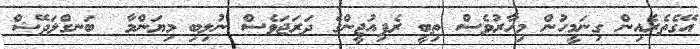
އޭގެތެރެއިން ގިނަމީހުން މިހާރުވެސް ތިބީ ރެފިއުޖީންގެ ދަރަޖަވެސް ނުލިބި މިޔަންމާ  ބަނގްލަދޭޝް